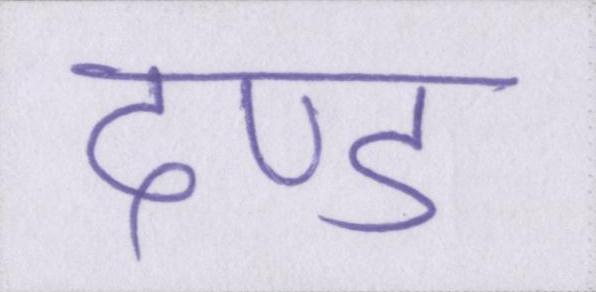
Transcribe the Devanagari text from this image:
दण्ड